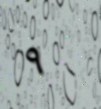
٩